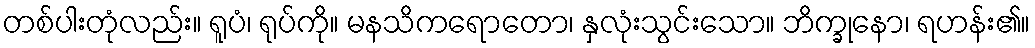
တစ်ပါးတုံလည်း။ ရူပံ၊ ရုပ်ကို။ မနသိကရောတော၊ နှလုံးသွင်းသော။ ဘိက္ခုနော၊ ရဟန်း၏။